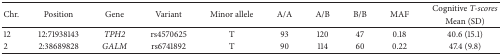
| <ROWSPAN=2> Chr. | <ROWSPAN=2> Position | <ROWSPAN=2> Gene | <ROWSPAN=2> Variant | <ROWSPAN=2> Minor allele | <ROWSPAN=2> A/A | <ROWSPAN=2> A/B | <ROWSPAN=2> B/B | <ROWSPAN=2> MAF | Cognitive T-scores |
 | Mean (SD) |
 | --- | --- | --- | --- | --- | --- | --- | --- | --- | --- |
 | 12 | 12:71938143 | TPH2 | rs4570625 | T | 93 | 120 | 47 | 0.18 | 40.6 (15.1) |
 | 2 | 2:38689828 | GALM | rs6741892 | T | 90 | 114 | 60 | 0.22 | 47.4 (9.8) |